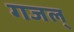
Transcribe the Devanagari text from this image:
गजल्